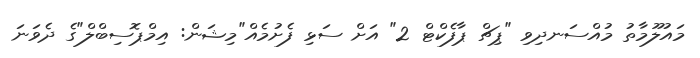
މައުލޫމާތު މުއްސަނދިވި "ޕިޗް ޕާފެކްޓް 2" އަށް ސަޅި ފެށުމެއް"މިޝަން: އިމްޕޮސިބްލް"ގެ ދެވަނަ